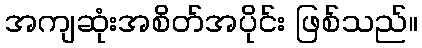
အကျဆုံးအစိတ်အပိုင်း ဖြစ်သည်။